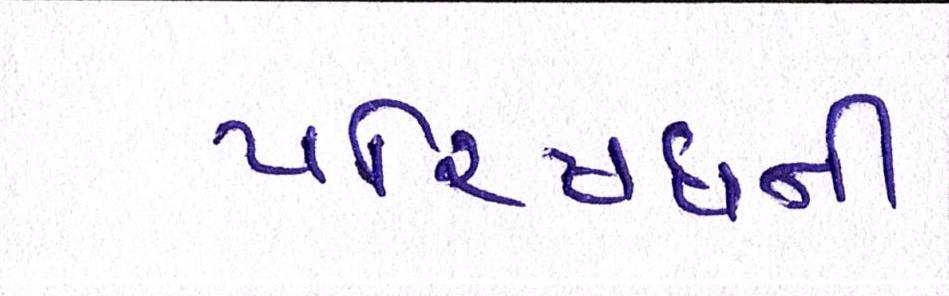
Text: પરિષધની